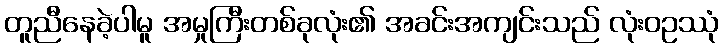
တူညီနေခဲ့ပါမူ အမှုကြီးတစ်ခုလုံး၏ အခင်းအကျင်းသည် လုံးဝဥဿုံ